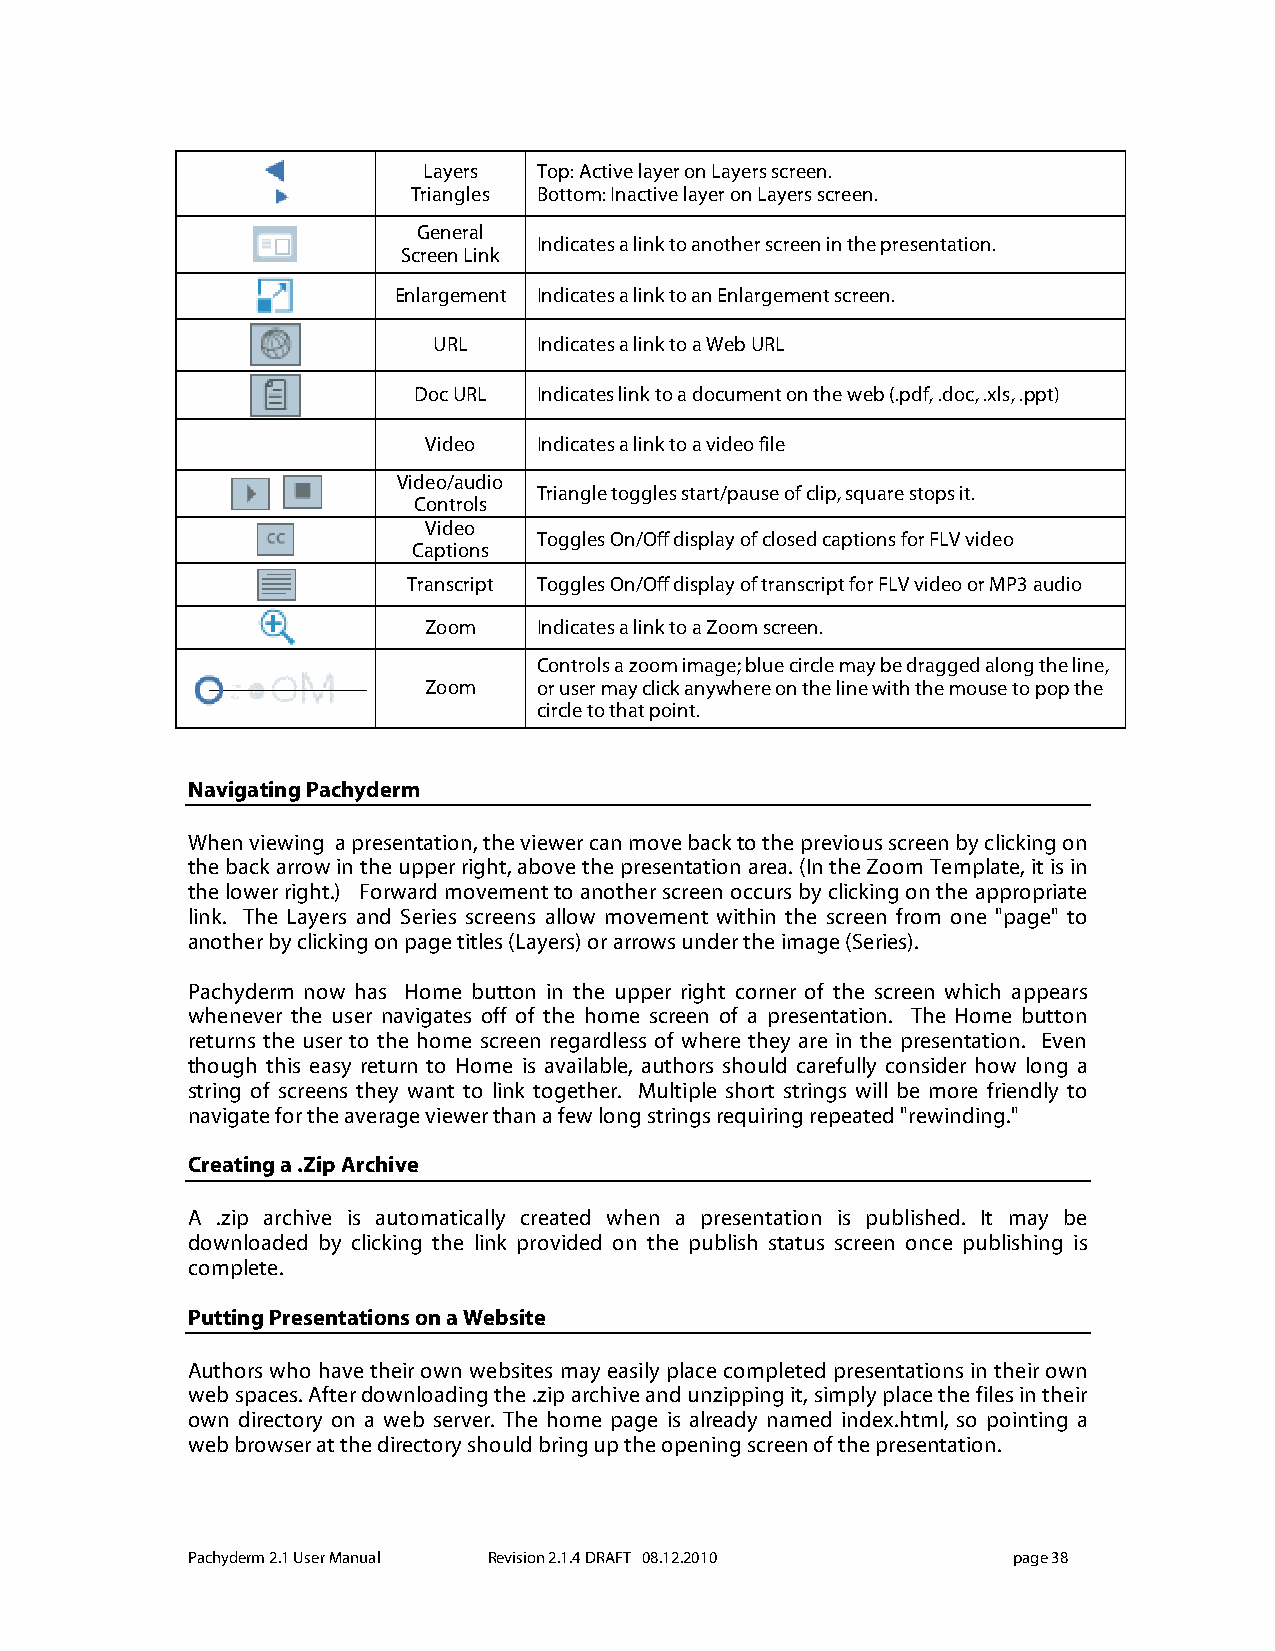
Layers  Top: Active layer on Layers screen.
 Triangles Bottom: Inactive layer on Layers screen.
 General
 Indicates a link to another screen in the presentation.
 Screen Link
 Enlargement Indicates a link to an Enlargement screen.
 URL    Indicates a link to a Web URL
 Doc URL  Indicates link to a document on the web (.pdf, .doc, .xls, .ppt)
 Video   Indicates a link to a video file
 Video/audio
 Triangle toggles start/pause of clip, square stops it.
 Controls
 Video
 Toggles On/Off display of closed captions for FLV video
 Captions
 Transcript Toggles On/Off display of transcript for FLV video or MP3 audio
 Zoom    Indicates a link to a Zoom screen.
 Controls a zoom image; blue circle may be dragged along the line,
 Zoom    or user may click anywhere on the line with the mouse to pop the
 circle to that point.
 Navigating Pachyderm
 When viewing a presentation, the viewer can move back to the previous screen by clicking on
 the back arrow in the upper right, above the presentation area. (In the Zoom Template, it is in
 the lower right.) Forward movement to another screen occurs by clicking on the appropriate
 link. The Layers and Series screens allow movement within the screen from one "page" to
 another by clicking on page titles (Layers) or arrows under the image (Series).
 Pachyderm now has Home button in the upper right corner of the screen which appears
 whenever the user navigates off of the home screen of a presentation. The Home button
 returns the user to the home screen regardless of where they are in the presentation. Even
 though this easy return to Home is available, authors should carefully consider how long a
 string of screens they want to link together. Multiple short strings will be more friendly to
 navigate for the average viewer than a few long strings requiring repeated "rewinding."
 Creating a .Zip Archive
 A .zip archive is automatically created when a presentation is published. It may be
 downloaded by clicking the link provided on the publish status screen once publishing is
 complete.
 Putting Presentations on a Website
 Authors who have their own websites may easily place completed presentations in their own
 web spaces. After downloading the .zip archive and unzipping it, simply place the files in their
 own directory on a web server. The home page is already named index.html, so pointing a
 web browser at the directory should bring up the opening screen of the presentation.
 Pachyderm 2.1 User Manual Revision 2.1.4 DRAFT 08.12.2010 page 38